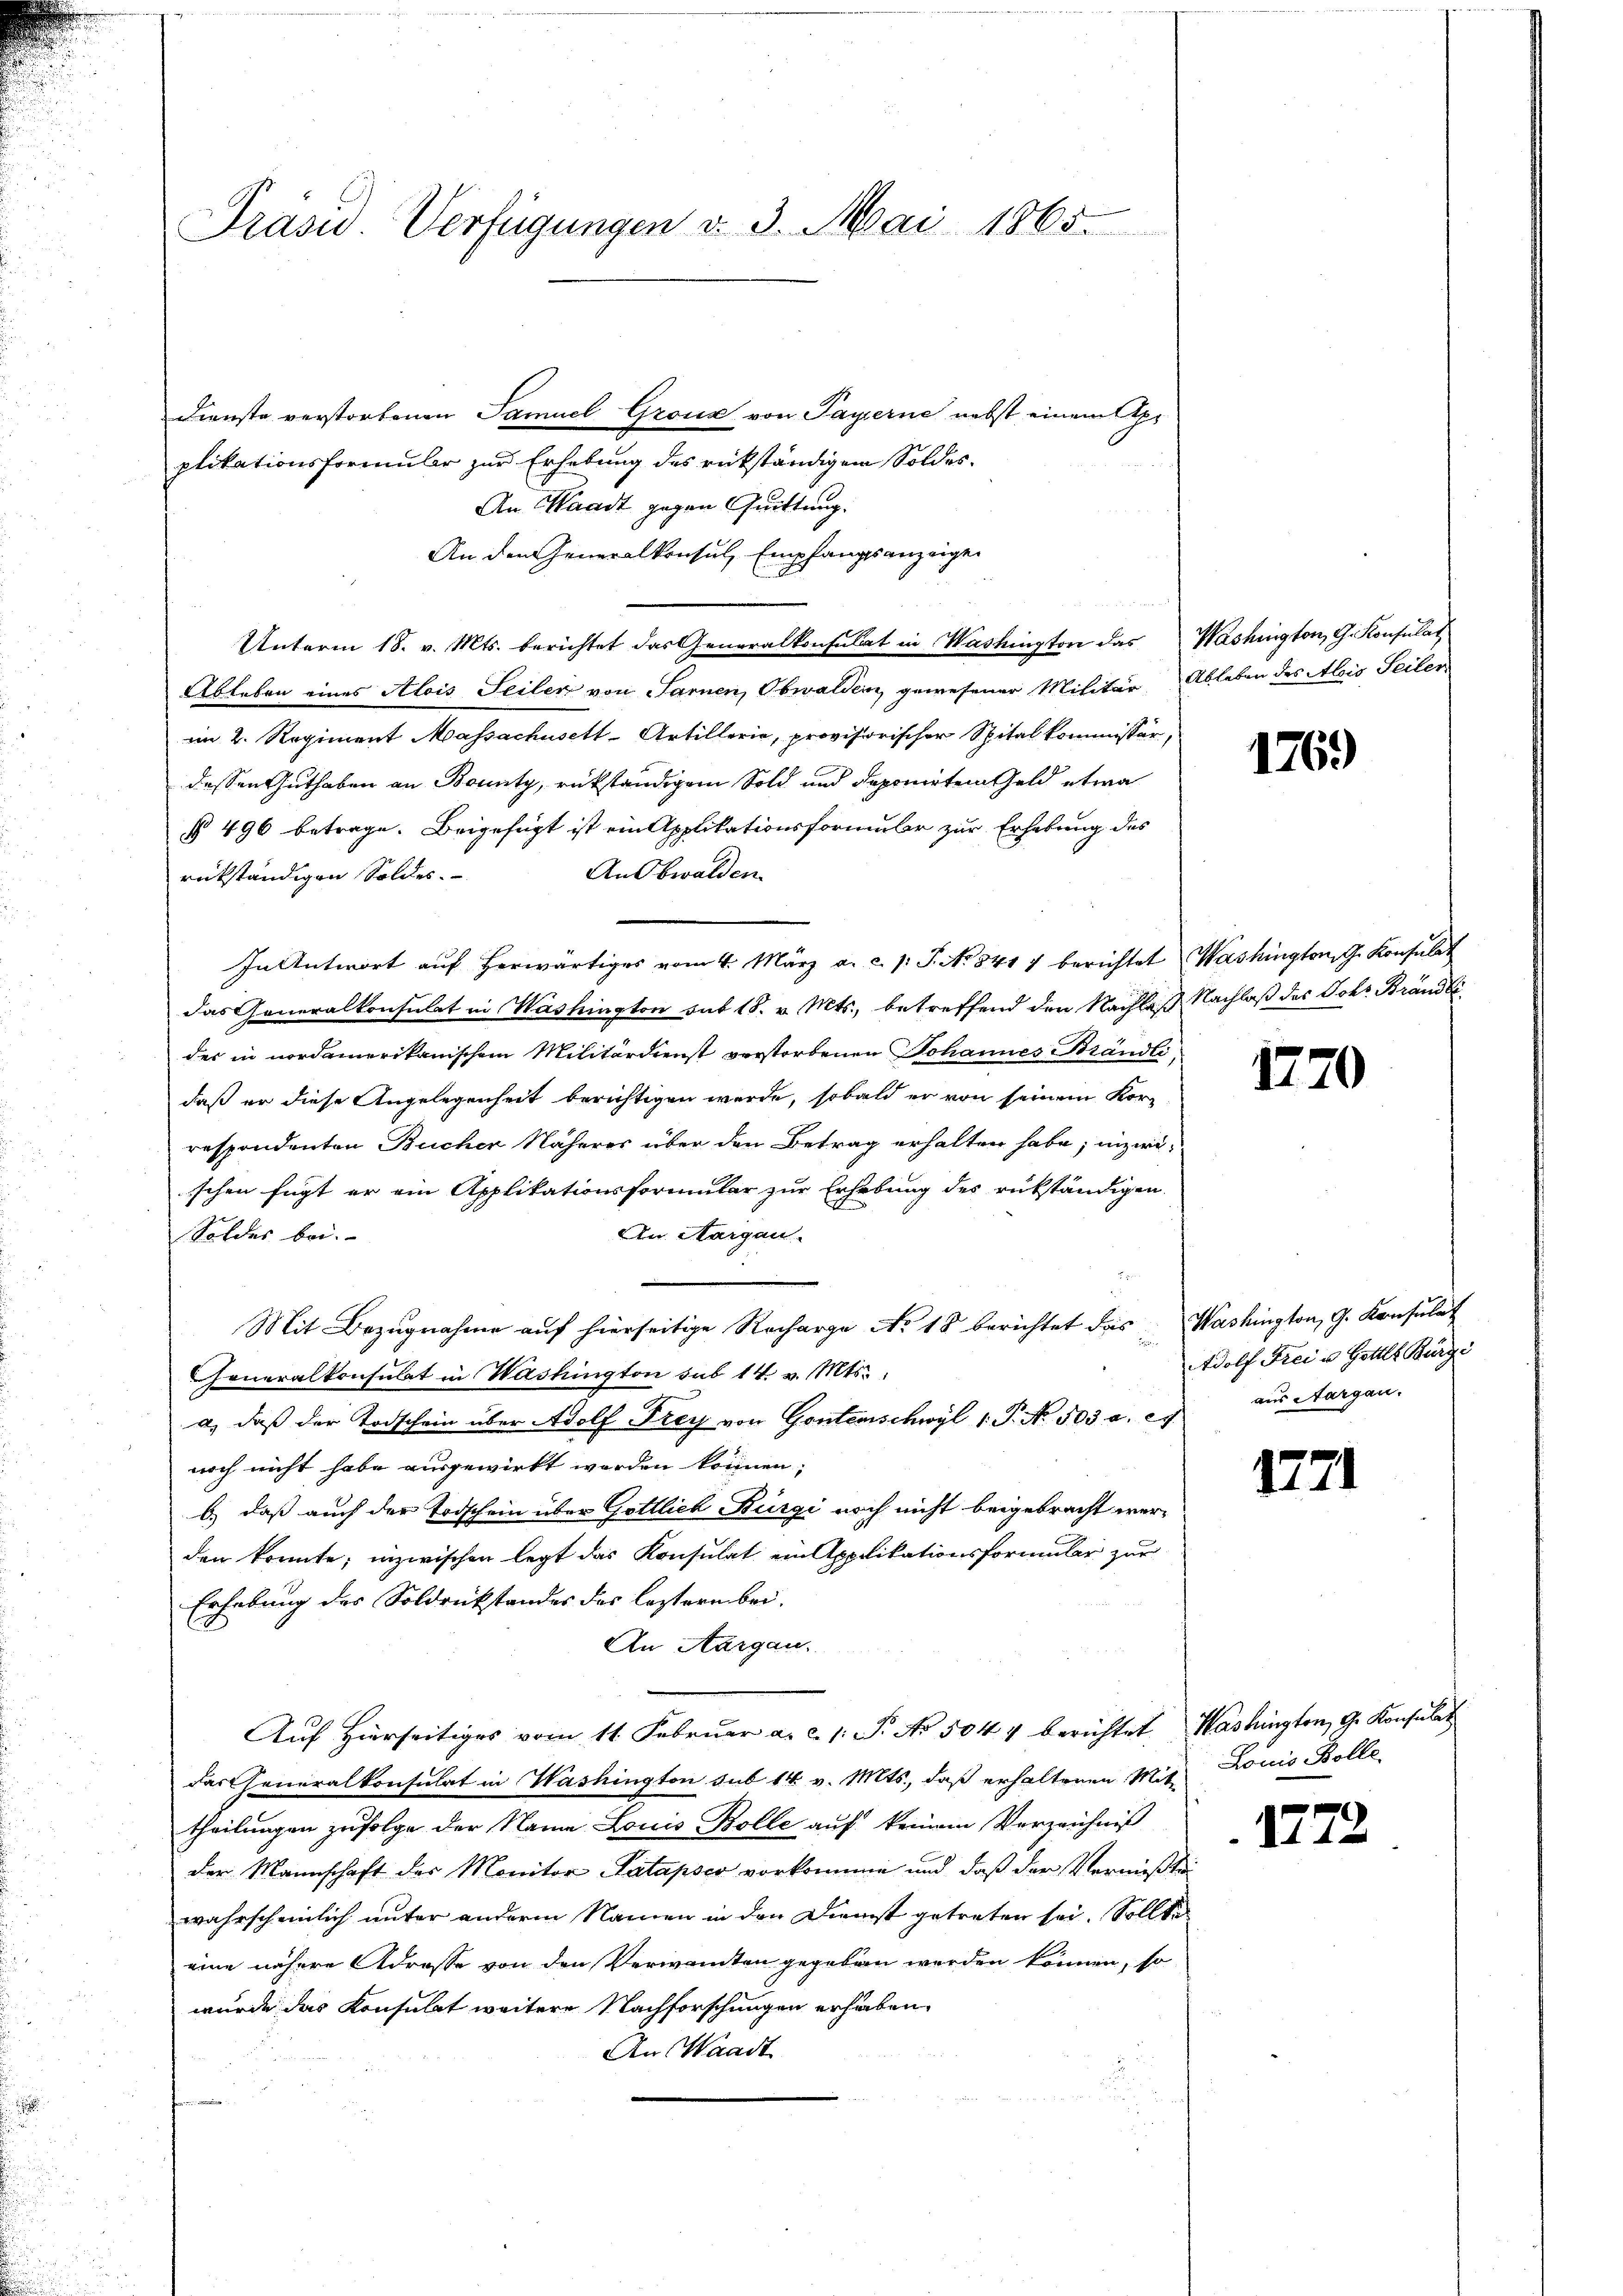
Präsid. Verfügungen v. 3. Mai 1865.

Dienste verstorbenen Samuel Grosz von Payerne nebst einem Apr
plikationsformular zur Erhebung des rükständigen Soldes
An Waadt gegen Quittung.
An den Generalkonsul, Empfangsanzeigen
Unterm 18. v. Mts. berichtet das Generalkonsulat in Washington das Washington, G. Konsulat
Ableben eines Alois Seilen von Sarnen, Obwalden, gewesener Militär Ableben des Alois Seiler
im 2. Regiment Massachusett-Artillerie, provisorischer Spitalkommissär,
dessen Guthaben an Bounty, rükständigem Sold und deponirten Geld etwa
§ 496 betrage. Beigefügt ist ein Applikationsformubr zur Erhebung des
Ansbwalden.
rückständigen Soldes.
In Antwort aŭf herwärtiges vom 4. März a. c. l. J. No 841 7 berichtet Washington G. Konsulat
das Generalkonsulat in Washington sub 18. v. Mts., betreffend den Nachlaß Nachlaß des Johr Brändlides in nordamerikanischem Militärdienst vorstorbenen Johannes Brändlidaß er diese Angelegenheit berichtigen werde, sobald er von seinem Kor-
respondenten Bucher Näheres über den Betrag erhalten habe; inzwischen fügt er ein Applikationsformular zur Erhebung des rükständigen.
An Aargau
Soldes bei.
Mit Bezugnahme auf hierseitige Racharge No 18 berichtet das Washington, G. Konsulat
Generalkonsulat in Washington sub 14. v. Mts.,
a) daß der Todschein über Adolf Frey von Gonterschwyl 1. P. No. 503. a. et
noch nicht habe ausgewirkt worden können;
b) daß auch der Todschein über Gottlich Bürgi noch nicht beigebracht werden konnte; inzwischen legt das Konsulat ein Applikationsformular zur
Erhebung des Soldrückstandes des leztern bei.
An Aargau.
Auf Hierseitiges vom 11. Februar a. c. 1: P. No 5044 berichtet, Washingten, Ge Konsulat
das Generalkonsulat in Washington sub 14 v. Mts., daß erhaltenen Mit Louis Bolle
theilungen zufolge der Name Louis Bolle auf keinem Verzeichniß
der Mannschaft der Monitor Patapsco vorkomme und daß der Vermißten
wahrscheinlich unter anderm Namen in den Dienst getreten sei. Sollte
eine nähere Adresse von den Verwandten gegeben werden können, so
wurde das Konsulat weitere Nachforschungen erhaben.
An Waadt

1769

1770

Adolf Frei u. Gottlt Burgi
aus Aargau.

1771

1772